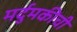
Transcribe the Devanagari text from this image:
मर्दुमकीची